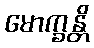
မောက္ခန္တိ